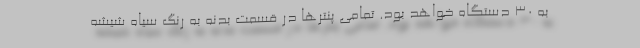
به 30 دستگاه خواهد بود. تمامی پنترها در قسمت بدنه به رنگ سیاه شیشه